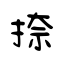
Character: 捺